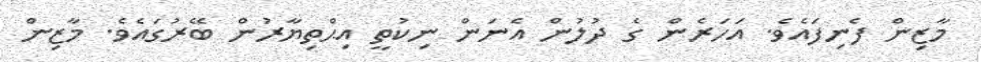
މާޒިން ފެނިފައެވެ. އަހަރެން ގެ ދުލުން އެނަން ނިކުތީ އިޙްތިޔާރުން ބޭރުގައެވެ. މާޒިން